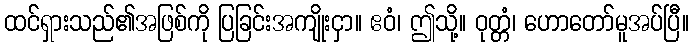
ထင်ရှားသည်၏အဖြစ်ကို ပြခြင်းအကျိုးငှာ။ ဧဝံ၊ ဤသို့။ ဝုတ္တံ၊ ဟောတော်မူအပ်ပြီ။